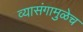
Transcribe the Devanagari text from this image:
व्यासंगामुळेच